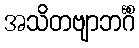
အသိတဗျာဘင်္ဂိံ